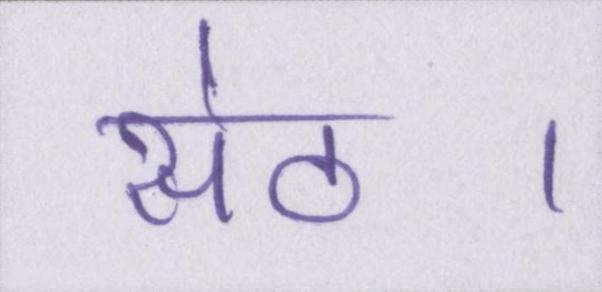
सेठ।